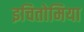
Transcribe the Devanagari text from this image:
इचितोमिया